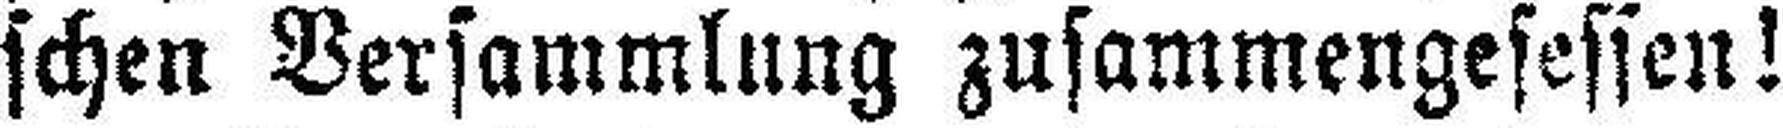
schen Versammlung zusammengesessen!